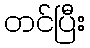
တင်ပြီး